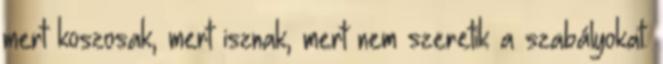
mert koszosak, mert isznak, mert nem szeretik a szabályokat.